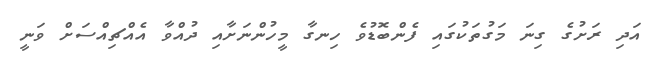
އަދި ރަށުގެ ގިނަ މަގުތަކުގައި ފެންބޮޑުވެ ހިނގާ މީހުންނަށާއި ދުއްވާ އެއްޗިއްސަށް ވަނީ